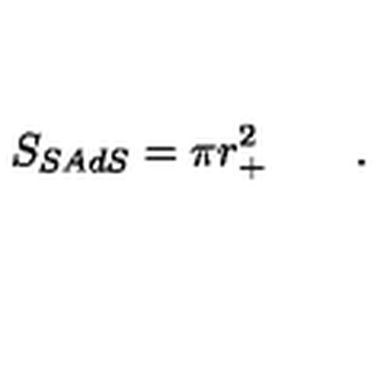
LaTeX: S _ { S A d S } = \pi r _ { + } ^ { 2 } \qquad .